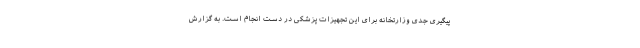
پیگیری جدی وزارتخانه برای این تجهیزات پزشکی در دست انجام است. به گزارش